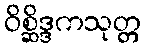
ဝိစ္ဆိဒ္ဒကသုတ္တ